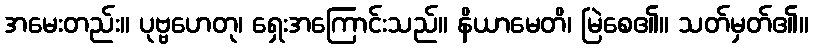
အမေးတည်း။ ပုဗ္ဗဟေတု၊ ရှေးအကြောင်းသည်။ နိယာမေတိ၊ မြဲစေ၏။ သတ်မှတ်၏။